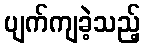
ပျက်ကျခဲ့သည့်